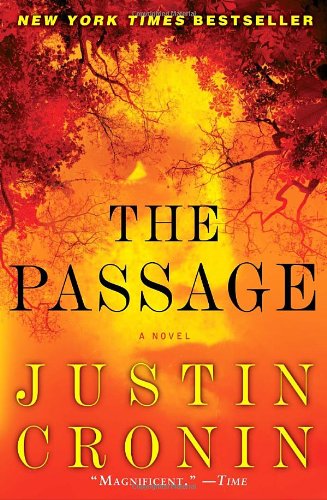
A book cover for The Passage: A Novel (Book One of The Passage Trilogy); Justin Cronin; Mystery, Thriller & Suspense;